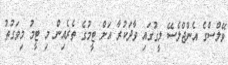
ވޭލްސްގެ އެންޖްލެސޭ ލީގުގައި ވާދަކުރާ އަށް ޓީމުގެ ތެރެއިން މި ޓީމު މިވަގުތު